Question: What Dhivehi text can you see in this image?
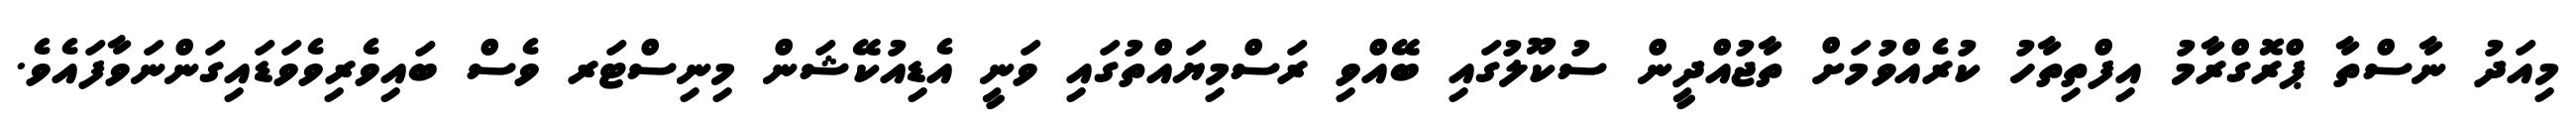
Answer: މިއަދު ނާސްތާ ޕްރޮގްރާމު އިފްތިތާހު ކުރެއްވުމަށް ތާޖުއްދީން ސުކޫލުގައި ބޭއްވި ރަސްމިޔައްތުގައި ވަނީ އެޑިއުކޭޝަން މިނިސްޓަރ ވެސް ބައިވެރިވެވަޑައިގަންނަވާފައެވެ.